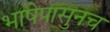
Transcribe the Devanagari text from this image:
भाषेपासुनच